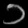
Digit: ၁